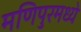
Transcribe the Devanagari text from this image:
मणिपुरमध्ये